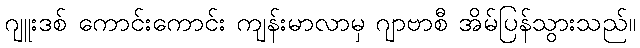
ဂျူးဒစ် ကောင်းကောင်း ကျန်းမာလာမှ ဂျာဗာစီ အိမ်ပြန်သွားသည်။